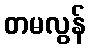
တမလွန်